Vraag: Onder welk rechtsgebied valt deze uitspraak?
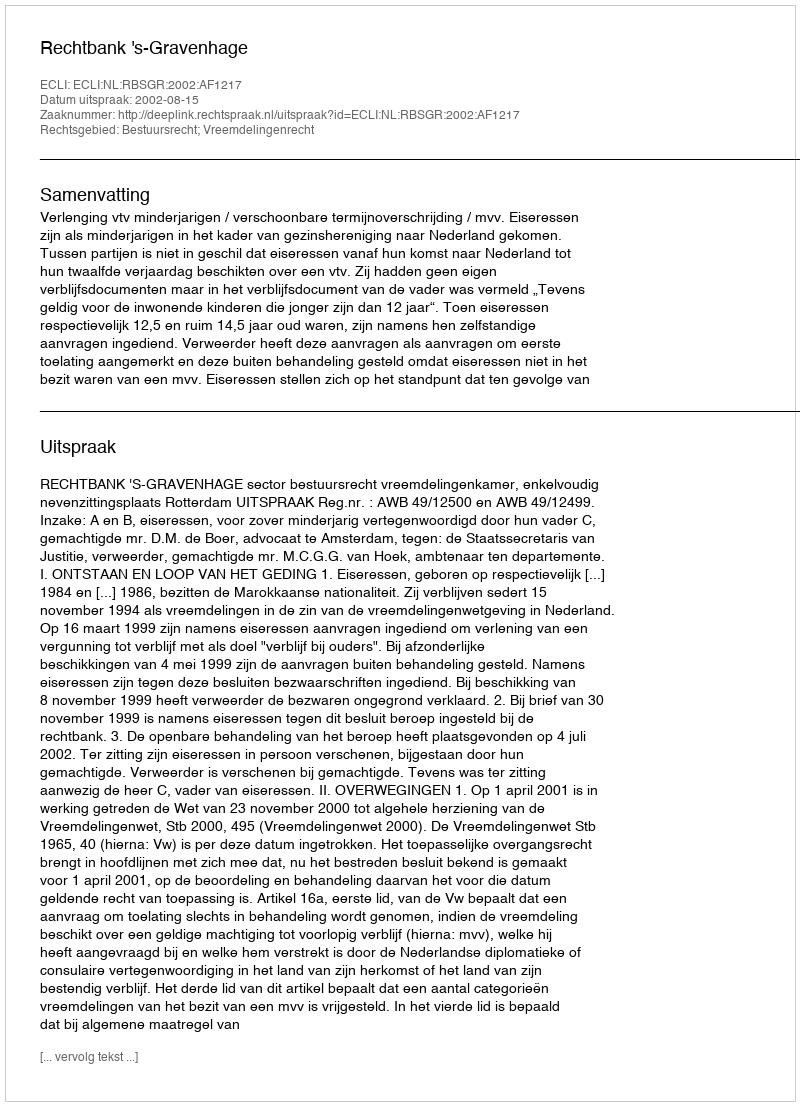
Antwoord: Bestuursrecht; Vreemdelingenrecht